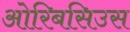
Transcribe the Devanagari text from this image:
ओरिबसिउस